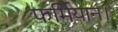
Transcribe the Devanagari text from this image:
फर्मियान।